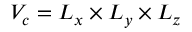
V _ { c } = L _ { x } \times L _ { y } \times L _ { z }